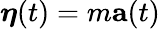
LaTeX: {\boldsymbol{\eta}}(t)=m\mathbf{a}(t)